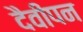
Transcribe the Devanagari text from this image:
दैवीपन